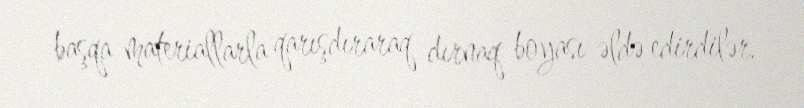
başqa materiallarla qarışdıraraq dırnaq boyası əldə edirdilər.